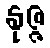
နုဇ္ဇ